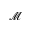
\mathcal { M }